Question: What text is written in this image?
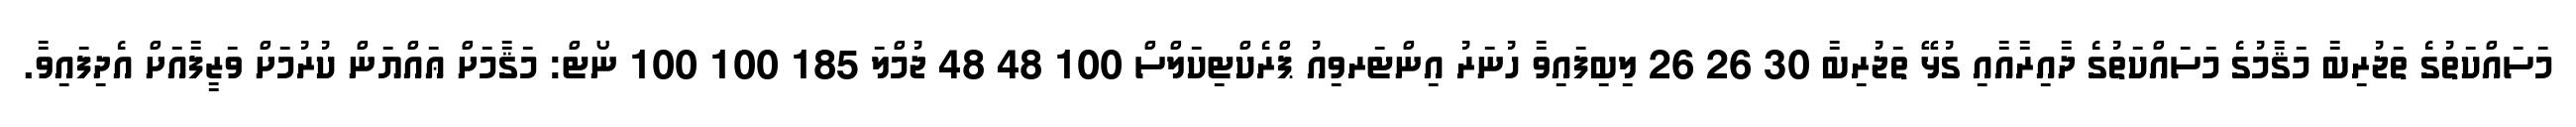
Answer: މަސައްކަތުގެ ތަޖުރިބާ މަޤާމުގެ މަސައްކަތުގެ ދާއިރާއާއި ގުޅޭ ތަޖުރިބާ 30 26 26 ލިބިފައިވާ ހުނަރު އިންޓަރވިއު ޕްރެކްޓިކަލްސް 100 48 48 ޖުމްލަ 185 100 100 ނޯޓް: މަޤާމަށް ޢައްޔަން ކުރުމަށް ވަޒީފާއަށް އެދިފައިވާ.